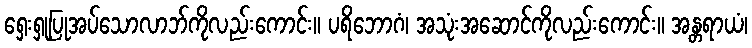
ရှေးရှုပြုအပ်သောလာဘ်ကိုလည်းကောင်း။ ပရိဘောဂံ၊ အသုံးအဆောင်ကိုလည်းကောင်း။ အန္တရာယံ၊